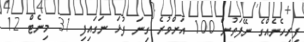
ފިރިހެނެއްގެ ނޭފަތުން 100 އަށްވުރެ ގިނަ ފުޅަ ނަގައިފި 31 މިނެޓް 12